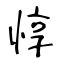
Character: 惇